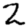
Digit: 2